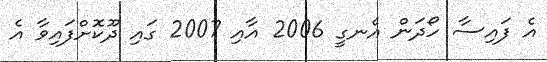
އެ ފައިސާ ހޯދަން އެނގީ 2006 އާއި 2007 ގައި ދޫކޮށްފައިވާ އެ